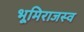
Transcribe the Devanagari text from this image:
भूमिराजस्व